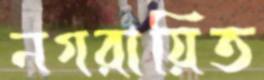
নগরায়িত